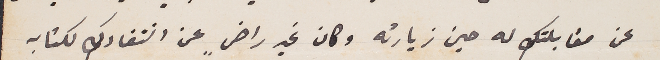
عن مقابلتك له حين زيارته وكان غير راضٍ عن انتقادكِ لكتابه